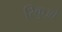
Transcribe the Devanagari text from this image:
रिकुओ